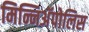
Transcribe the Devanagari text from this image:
मिन्निअॅपोलिस